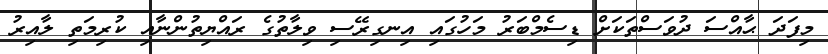
މިފަދަ ޙާއްސަ ދުވަސްތަކަށް ޑިސެމްބަރު މަހުގައި އިނގިރޭސި ވިލާތުގެ ރައްޔިތުންނާއި ކުރިމަތި ލާއިރު